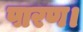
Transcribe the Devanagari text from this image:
पारण।